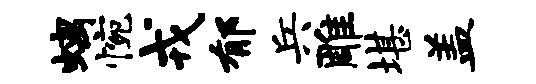
螭惋戎郁兵雕堪盖